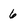
Character: 6